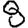
Digit: 8